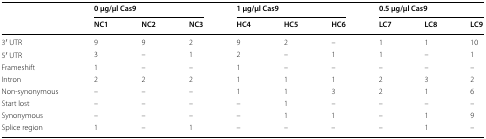
<table><thead><tr><td rowspan="2"></td><td colspan="3"><b>0 μg/μl Cas9</b></td><td colspan="3"><b>1 μg/μl Cas9</b></td><td colspan="3"><b>0.5 μg/μl Cas9</b></td></tr><tr><td><b>NC1</b></td><td><b>NC2</b></td><td><b>NC3</b></td><td><b>HC4</b></td><td><b>HC5</b></td><td><b>HC6</b></td><td><b>LC7</b></td><td><b>LC8</b></td><td><b>LC9</b></td></tr></thead><tbody><tr><td>3′ UTR</td><td>9</td><td>9</td><td>2</td><td>9</td><td>2</td><td>–</td><td>1</td><td>1</td><td>10</td></tr><tr><td>5′ UTR</td><td>3</td><td>–</td><td>1</td><td>2</td><td>–</td><td>1</td><td>1</td><td>–</td><td>1</td></tr><tr><td>Frameshift</td><td>1</td><td>–</td><td>–</td><td>1</td><td>–</td><td>–</td><td>–</td><td>–</td><td>–</td></tr><tr><td>Intron</td><td>2</td><td>2</td><td>2</td><td>1</td><td>1</td><td>1</td><td>2</td><td>3</td><td>2</td></tr><tr><td>Non-synonymous</td><td>–</td><td>–</td><td>–</td><td>1</td><td>1</td><td>3</td><td>2</td><td>1</td><td>6</td></tr><tr><td>Start lost</td><td>–</td><td>–</td><td>–</td><td>–</td><td>1</td><td>–</td><td>–</td><td>–</td><td>–</td></tr><tr><td>Synonymous</td><td>–</td><td>–</td><td>–</td><td>–</td><td>1</td><td>1</td><td>–</td><td>1</td><td>9</td></tr><tr><td>Splice region</td><td>1</td><td>–</td><td>1</td><td>–</td><td>–</td><td>–</td><td>–</td><td>1</td><td>–</td></tr></tbody></table>